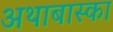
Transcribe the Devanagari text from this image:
अथाबास्का